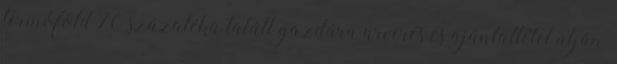
termőföld 70 százaléka talált gazdára árverés és ajánlattétel útján,